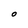
Character: O